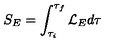
S _ { E } = \int _ { \tau _ { i } } ^ { \tau _ { f } } { \cal L } _ { E } d \tau